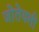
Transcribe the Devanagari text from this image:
जोतेयली